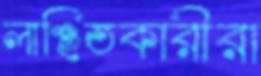
লাঞ্ছিতকারীরা